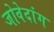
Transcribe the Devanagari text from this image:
जोवेदांग